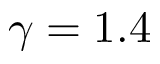
\gamma = 1 . 4